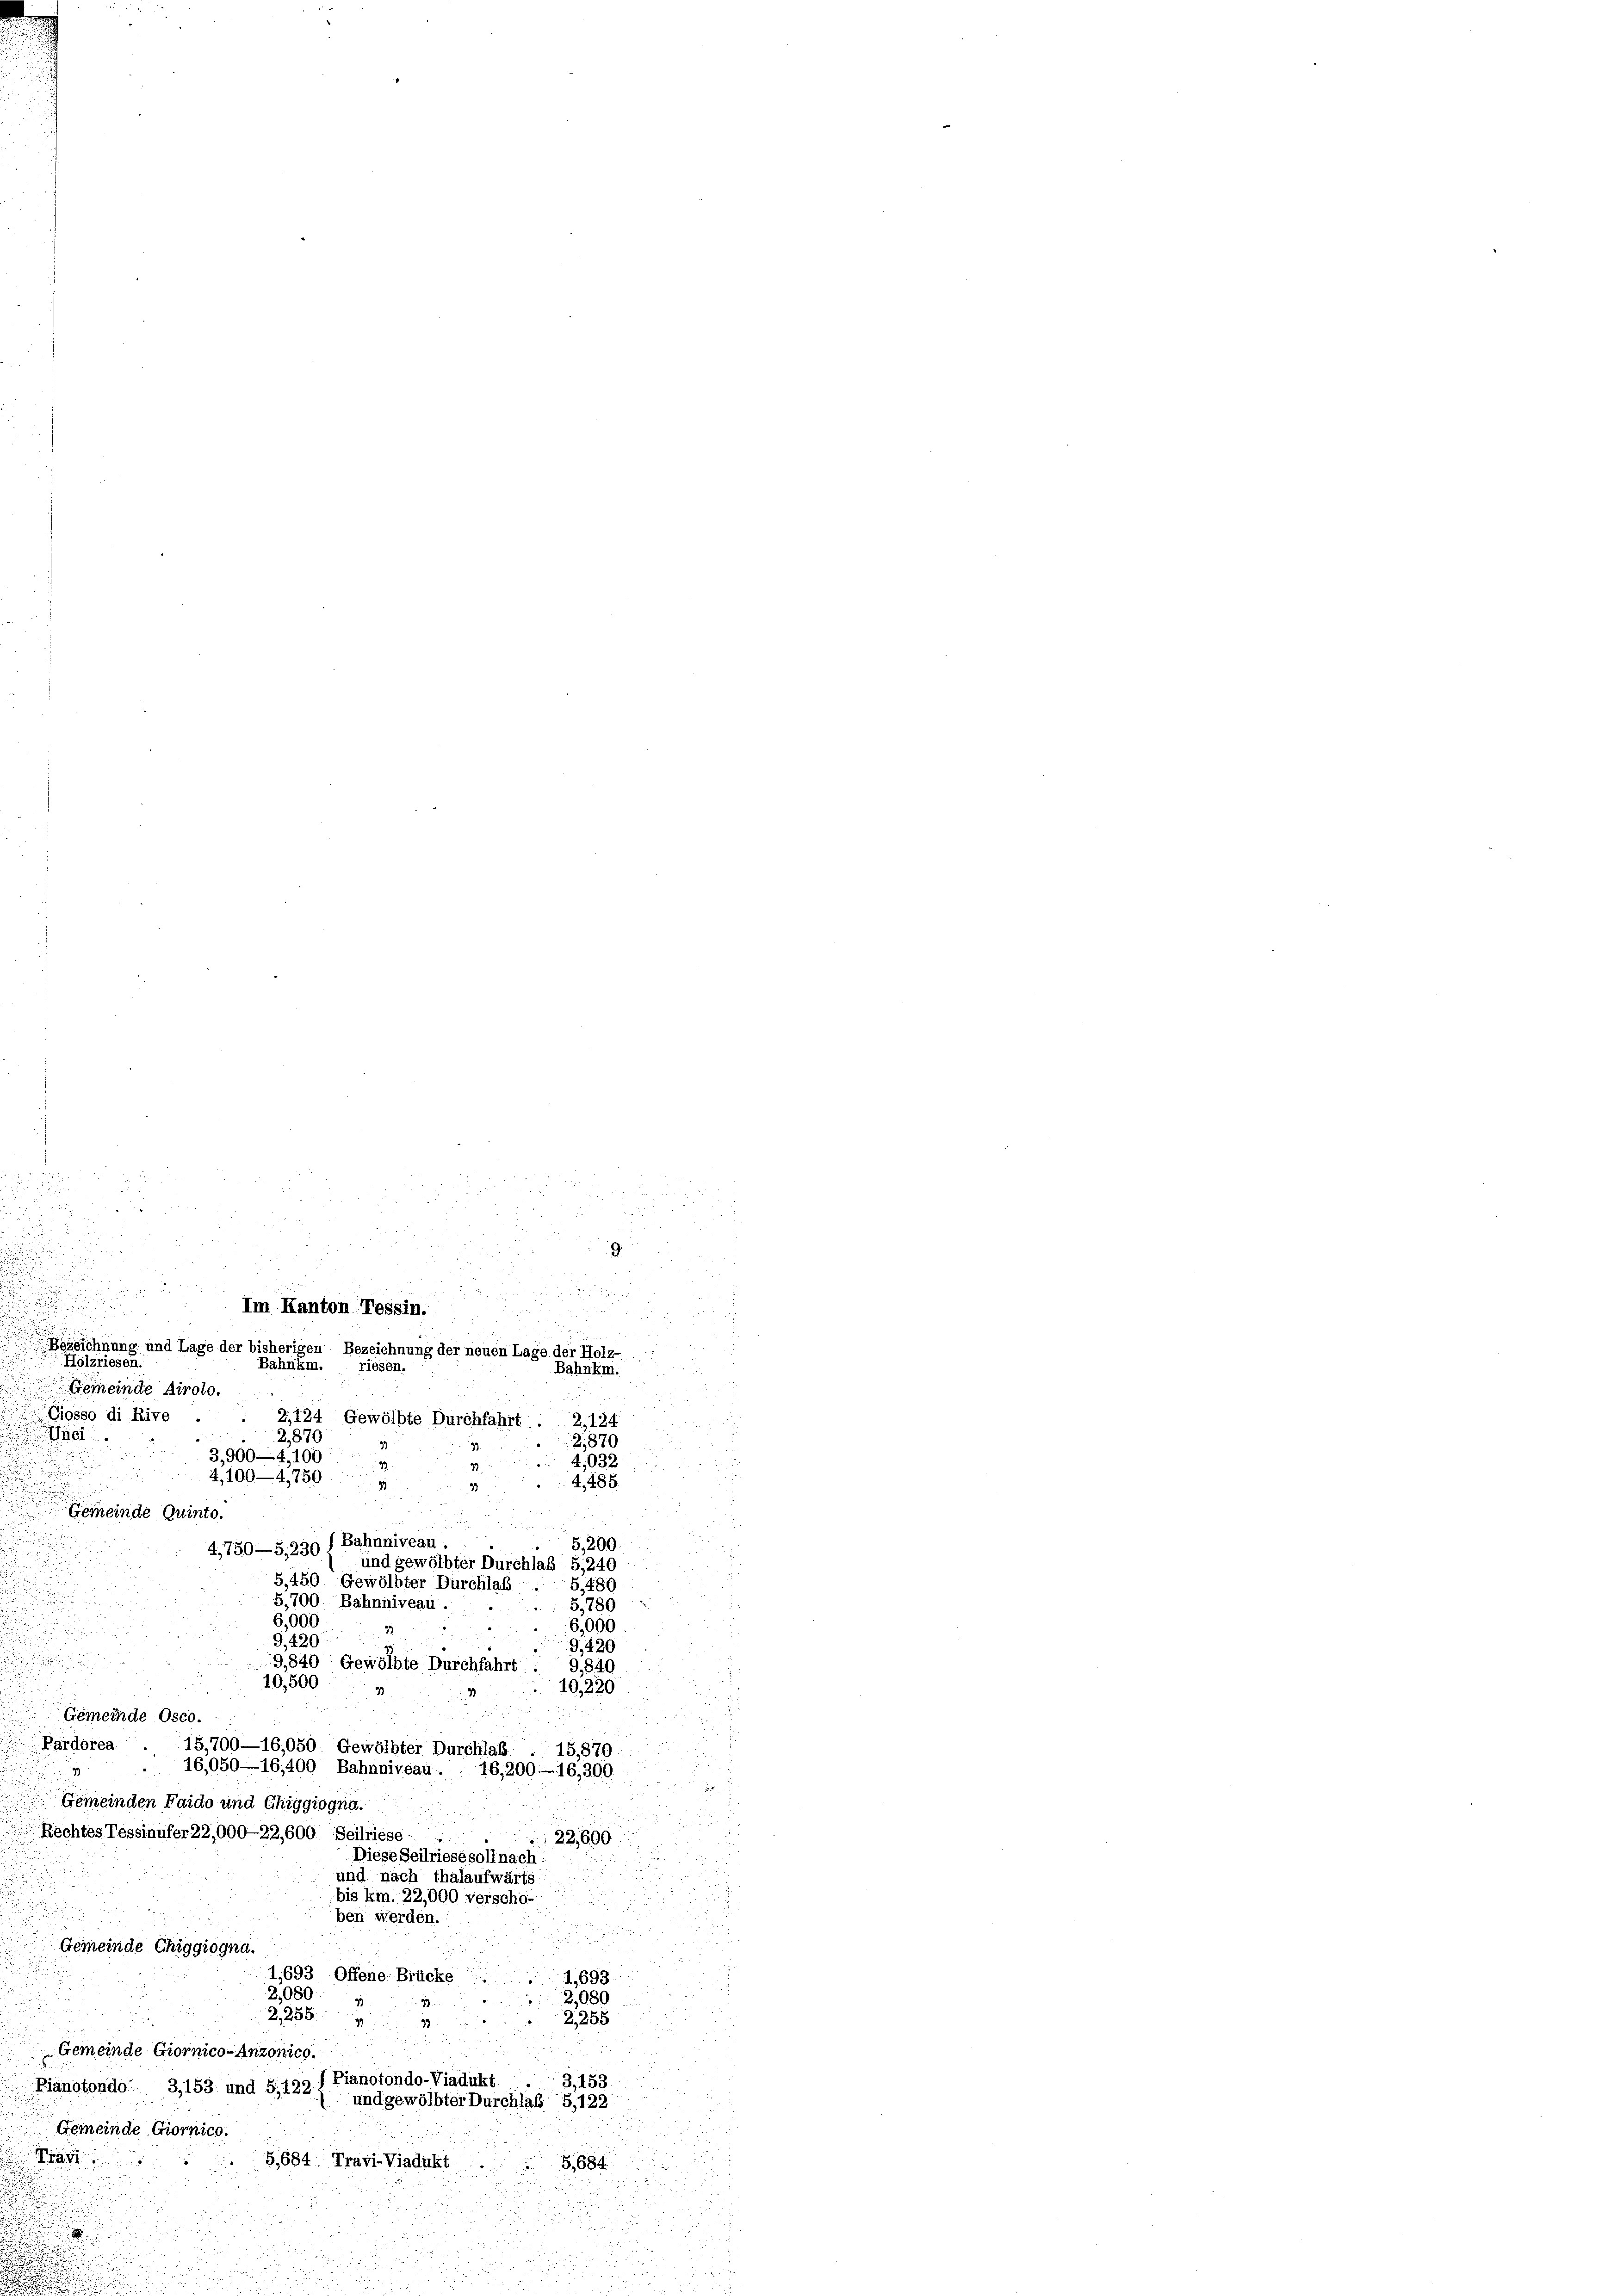
u

2,870
3,900—4,100.
4,100-4,750
Gemeinde Quinto.
4,750—5. 239 f Bahnniveau.

u

Bezeichnung und Lage der bisherigen Bezeichnung der neuen Lage der Ho
17
Holzrieses
Bahnkm. riesen.
Bahnkm.
Gemeinde Airolo.
Ciosso di Rive . . 2,124 Gewölbte Durchfahrt . 2,124
Tici
2,870
4,032.
u
4,485.

.
5,200
n
u
und gewölbter Durchlaß S.240
S. 450. Gewölbter Durchlaß.
5. 480
5,700. Bahnniveau.
5,780
6,000
6,000
G,420.
9,420.
9,840 Gewölbte Durchfahrt 9,840
10,500
10,220
Gemeinde Osco.
Pardorea
15,700—16,050. Gewölbter Durchlas
15,870
16,050—16,400 Bahnniveau.  16,200—16,300
Gemeinden Faido und Chiggiogna.
Rechtes Tessinufer 22,000—22,600. Seilriese
22,600.
Diese Seilriese soll nach
und nach Thalaufwärts
bis km. 22,000 verscho-

ben werden.
Gemeinde Chiggiogn
1,693 Offene Brücke
1,693.
2,080
2,080
2,2554
2,255
39
Gemeinde Giornico-Anzonico.
 Pianotondo-Viadukt
3,153
Pianotondo 3,153 und 5,122) und gewölbter Durchlaß S, 122
Gemeinde Giornico.
g
S. 684 Travi-Viadukt
5,684.
u

.
d
Im Kanton Tessin.

d